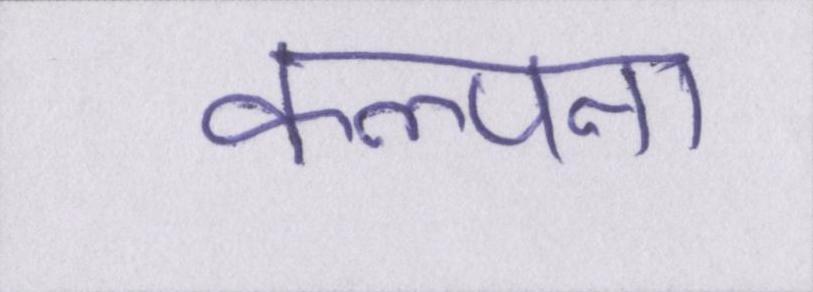
कल्पना